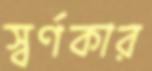
স্বর্ণকার